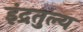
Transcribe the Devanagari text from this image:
इंद्रतुल्य